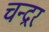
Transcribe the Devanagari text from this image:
चन्द्रर